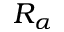
R _ { \alpha }